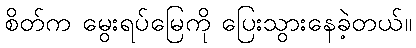
စိတ်က မွေးရပ်မြေကို ပြေးသွားနေခဲ့တယ်။